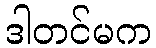
ဒါတင်မက